Scottish Leaving Certificate Examination, 1951
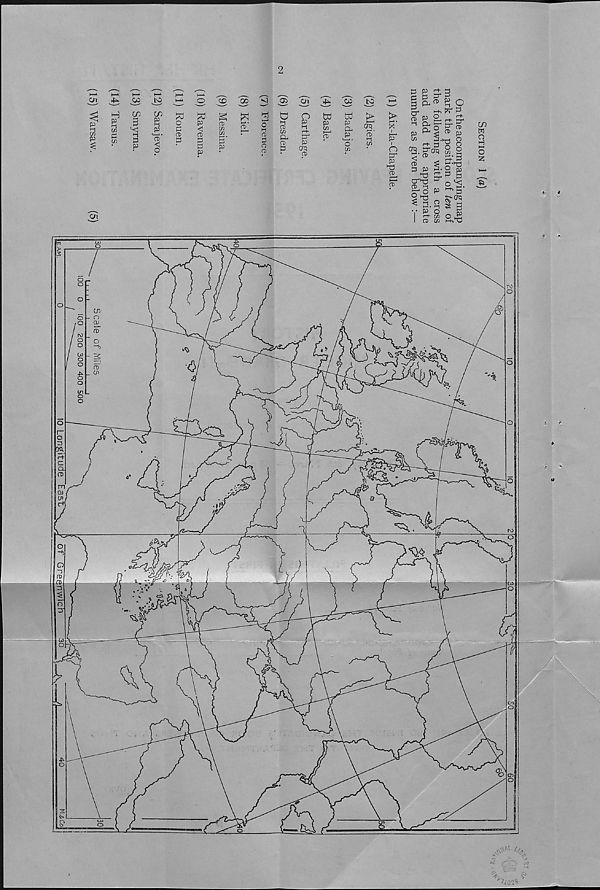
To face page 12
HIGHER HIST. II
(Section I)
SCOTTISH LEAVING CERTIFICATE EXAMINATION
1951
HISTORY
HIGHER GRADE—11
Section I
(To be attempted by all candidates)
Thursday, 8th March—L30 p.m. to 4 p.m.
FILL THIS IN FIRST
Name of School
Name of Pupil...
TO BE PINNED INSIDE THE CANDIDATE’S BOOK OF ANSWERS AND THUS
SENT TO THE DEPARTMENT.
[OVER